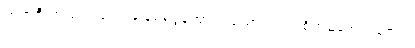
ဘရာဇီးအသင်းသည် ခြေစစ်ပွဲအောင်ခဲ့သော်လည်း စိတ်မအေးရသေး။